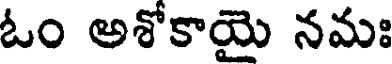
ఓం అశోకాయై నమః